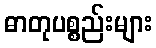
ဓာတုပစ္စည်းများ